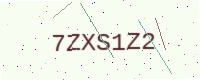
Text: 7ZXS1Z2